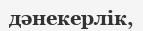
дәнекерлік,